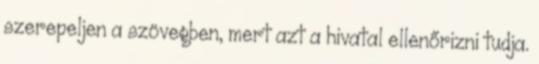
szerepeljen a szövegben, mert azt a hivatal ellenőrizni tudja.